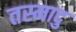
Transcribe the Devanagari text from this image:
तस्मादु